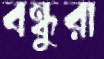
বন্ধুরা